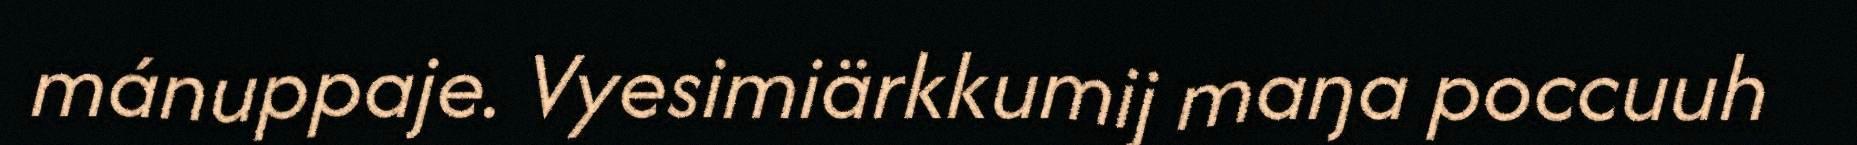
mánuppaje. Vyesimiärkkumij maŋa poccuuh